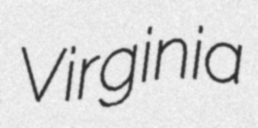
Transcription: Virginia